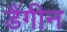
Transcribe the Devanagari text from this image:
डैंगीन